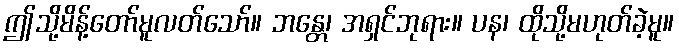
ဤသို့မိန့်တော်မူလတ်သော်။ ဘန္တေ၊ အရှင်ဘုရား။ ပန၊ ထိုသို့မဟုတ်ခဲ့မူ။